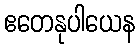
ဧတေနုပါယေန